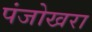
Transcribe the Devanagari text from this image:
पंजोखरा